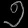
Digit: ၅